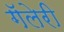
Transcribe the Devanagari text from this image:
गॅलेरी